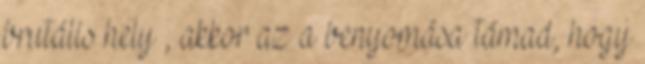
brutális hely , akkor az a benyomása támad, hogy